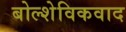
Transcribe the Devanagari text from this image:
बोल्शेविकवाद